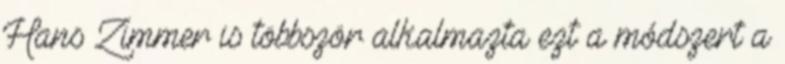
Hans Zimmer is többször alkalmazta ezt a módszert a